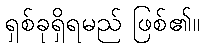
ရှစ်ခုရှိရမည် ဖြစ်၏။